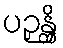
ပဉှန္တိ